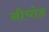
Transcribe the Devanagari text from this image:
नीचोड़